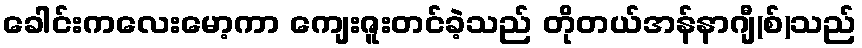
ခေါင်းကလေးမော့ကာ ကျေးဇူးတင်ခဲ့သည် တိုတယ်အန်နာဂျီ(စ်)သည်